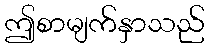
ဤစာမျက်နှာသည်